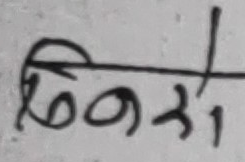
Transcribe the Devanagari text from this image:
छिनओ।